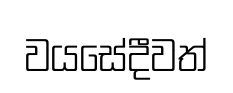
වයසේදීවත්